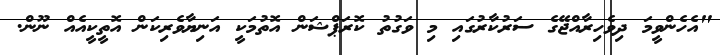
"އެހެންވީމަ ދިވެހިރާއްޖޭގެ ސަރުކާރުގައި މި ވަގުތު ކޮރަޕްޝަން އޮތުމަކީ އަނިޔާވެރިކަން އޮތީކީއެއް ނޫން.